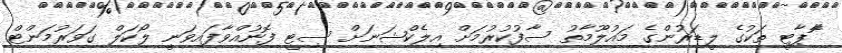
ޮާޕާޓީ ތަކުގެ ލީޑަރުންގެ މައުލޫމާތު ސާފުކުރުމަށް އިލެކްޝަނަށް ސިޓީ ފޮނުއްވާފައިވަނީ ލޯކަލް ގަވަރުމަންޓް